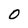
Character: 0